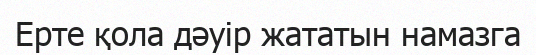
Ерте қола дәуір жататын намазга